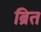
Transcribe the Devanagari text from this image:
ब्रित